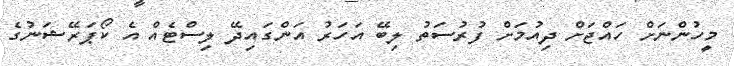
މީހުންނަށް ހައްޖަށް ދިއުމަށް ފުރުސަތު ލިބޭ އަހަރު އަންގައިދޭ ލިސްޓެއް އެ ކޯޕަރޭޝަނުގެ